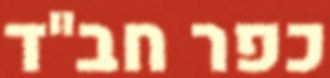
כפר חב"ד